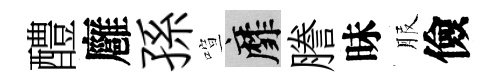
醴廱孫喧靡謄昧服儉